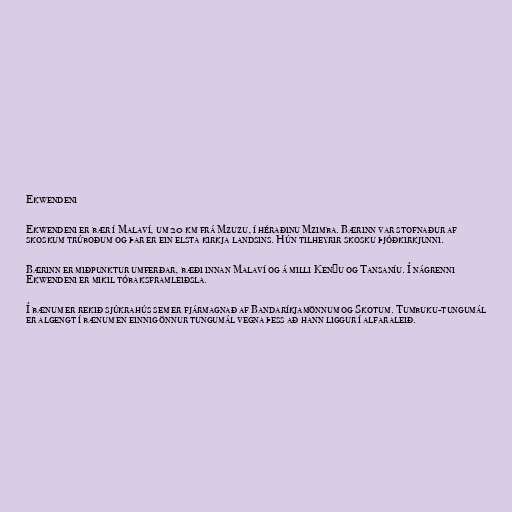
Ekwendeni

Ekwendeni er bær í Malaví, um 20 km frá Mzuzu, í héraðinu Mzimba. Bærinn var stofnaður af
skoskum trúboðum og þar er ein elsta kirkja landsins. Hún tilheyrir skosku þjóðkirkjunni.

Bærinn er miðpunktur umferðar, bæði innan Malaví og á milli Kenýu og Tansaníu. Í nágrenni
Ekwendeni er mikil tóbaksframleiðsla.

Í bænum er rekið sjúkrahús sem er fjármagnað af Bandaríkjamönnum og Skotum. Tumbuku-tungumál
er algengt í bænum en einnig önnur tungumál vegna þess að hann liggur í alfaraleið.